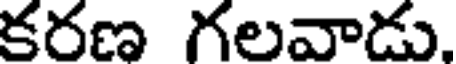
కరణ గలవాడు.